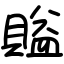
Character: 賹